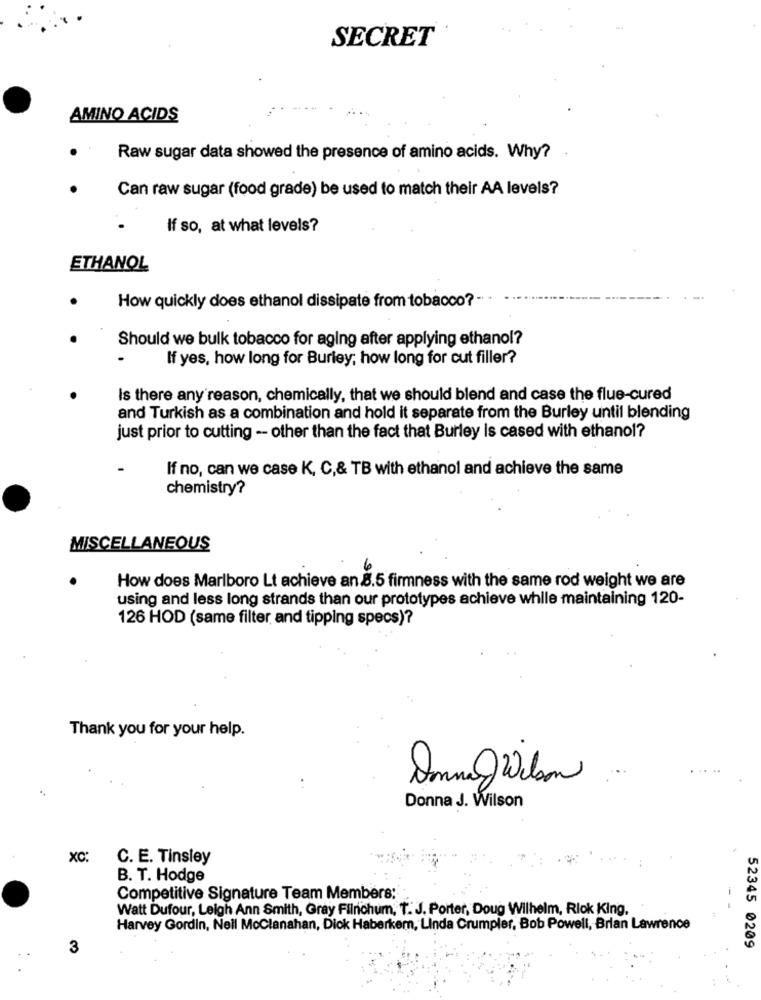
SECRET
AMINO ACIDS
Raw sugar data showed the presence of amino acids. Why?
Can raw sugar (food grade) be used to match their AA levels?
If so, at what levels?
ETHANOL
How quickly does ethanol dissipate from tobacco? -
Should we bulk tobacco for aging after applying ethanol?
If yes, how long for Burley, how long for cut filler?
Is there any reason, chemically, that we should blend and case the flue-cured
and Turkish as a combination and hold it separate from the Burley until blending
just prior to cutting - other than the fact that Burley is cased with ethanol?
If no, can we case K, C,& TB with ethanol and achieve the same
chemistry?
MISCELLANEOUS
How does Marlboro Lt achieve an 8.5 firmness with the same rod weight we are
using and less long strands than our prototypes achieve while maintaining 120-
126 HOD (same filter and tipping specs)?
Thank you for your help.
. ..
Donna J. Wilson
xc
C. E. Tinsley
B. T. Hodge
-
Competitive Signature Team Members:
Watt Dufour, Leigh Ann Smith, Gray Filnohum, T. J. Porter, Doug Wilhelm, Rlok King,
Harvey Gordin, Neil MoClanahan, Dick Haberkem, Linda Crumpler, Bob Powell, Brian Lawrence
52345 0209
3